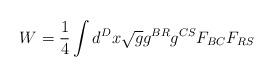
LaTeX: \begin{align*}W =\frac{1}{4}\int d^{D}x\sqrt{g}g^{BR}g^{CS}F_{BC}F_{RS}\end{align*}